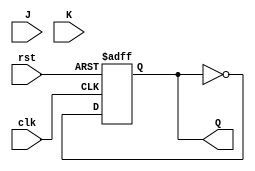
module T_flip_flop_with_JK (
    input wire clk,
    input wire rst,
    input wire J,
    input wire K,
    output reg Q
);

reg D;
reg T;

assign D = J ^ K; // XOR gate for JK inputs
assign T = 1'b1; // T input toggles every clock cycle

always @(posedge clk or posedge rst) begin
    if (rst) begin
        Q <= 1'b0; // reset output to low
    end else begin
        if (T) begin
            Q <= ~Q; // toggle output
        end else begin
            if (J & ~K) begin
                Q <= 1'b1; // set output to high
            end else if (~J & K) begin
                Q <= 1'b0; // set output to low
            end
        end
    end
end

endmodule